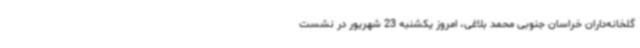
گلخانه‌داران خراسان جنوبی محمد بلاغی، امروز یکشنبه 23 شهریور در نشست